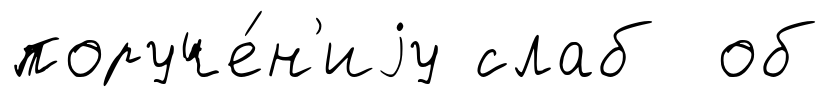
поруче́н'иjу слаб об